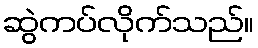
ဆွဲကပ်လိုက်သည်။